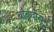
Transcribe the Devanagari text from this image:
बांबूंपासून